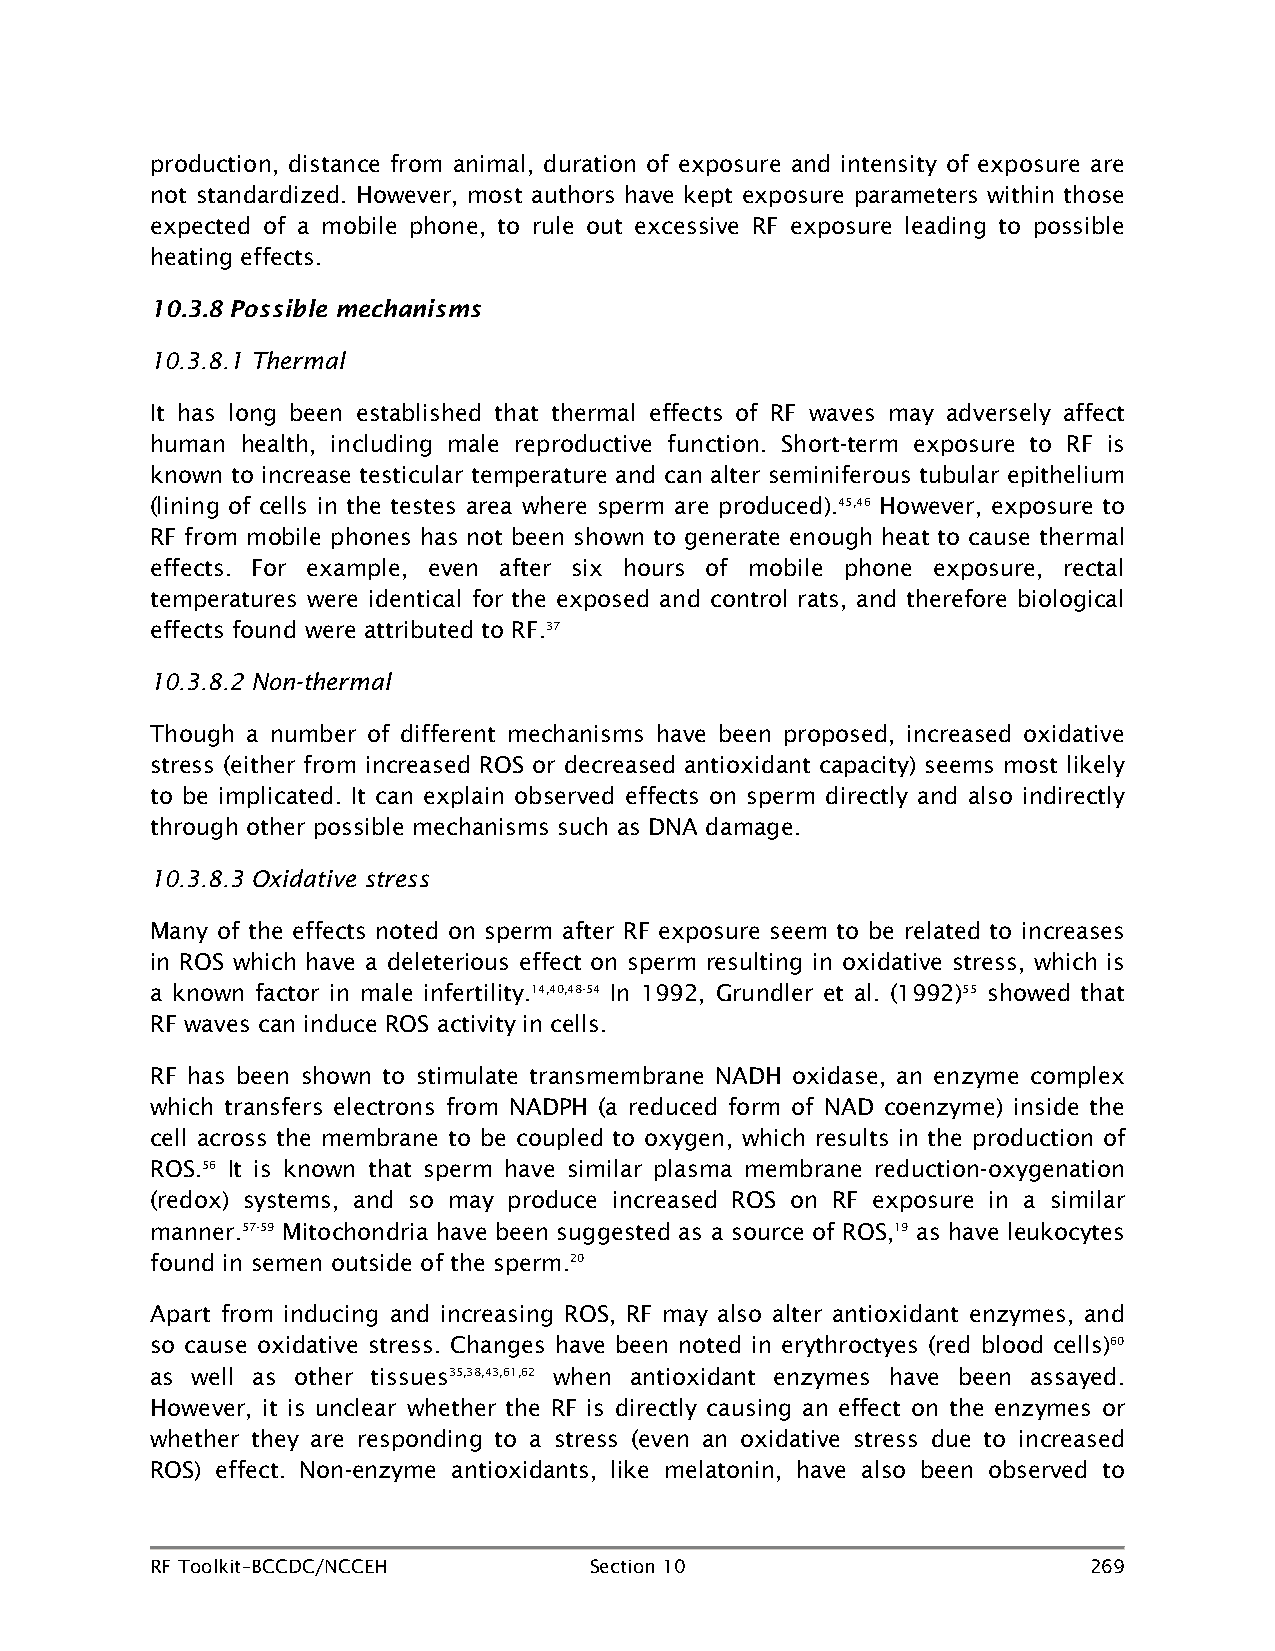
production, distance from animal, duration of exposure and intensity of exposure are
 not standardized. However, most authors have kept exposure parameters within those
 expected of a mobile phone, to rule out excessive RF exposure leading to possible
 heating effects.
 10.3.8 Possible mechanisms
 10.3.8.1 Thermal
 It has long been established that thermal effects of RF waves may adversely affect
 human health, including male reproductive function. Short-term exposure to RF is
 known to increase testicular temperature and can alter seminiferous tubular epithelium
 (lining of cells in the testes area where sperm are produced).45,46 However, exposure to
 RF from mobile phones has not been shown to generate enough heat to cause thermal
 effects. For example, even after six hours of mobile phone exposure, rectal
 temperatures were identical for the exposed and control rats, and therefore biological
 effects found were attributed to RF.37
 10.3.8.2 Non-thermal
 Though a number of different mechanisms have been proposed, increased oxidative
 stress (either from increased ROS or decreased antioxidant capacity) seems most likely
 to be implicated. It can explain observed effects on sperm directly and also indirectly
 through other possible mechanisms such as DNA damage.
 10.3.8.3 Oxidative stress
 Many of the effects noted on sperm after RF exposure seem to be related to increases
 in ROS which have a deleterious effect on sperm resulting in oxidative stress, which is
 a known factor in male infertility.14,40,48-54 In 1992, Grundler et al. (1992)55 showed that
 RF waves can induce ROS activity in cells.
 RF has been shown to stimulate transmembrane NADH oxidase, an enzyme complex
 which transfers electrons from NADPH (a reduced form of NAD coenzyme) inside the
 cell across the membrane to be coupled to oxygen, which results in the production of
 ROS.56 It is known that sperm have similar plasma membrane reduction-oxygenation
 (redox) systems, and so may produce increased ROS on RF exposure in a similar
 manner.57-59 Mitochondria have been suggested as a source of ROS,19 as have leukocytes
 found in semen outside of the sperm.20
 Apart from inducing and increasing ROS, RF may also alter antioxidant enzymes, and
 so cause oxidative stress. Changes have been noted in erythroctyes (red blood cells)60
 as well as other tissues35,38,43,61,62 when antioxidant enzymes have been assayed.
 However, it is unclear whether the RF is directly causing an effect on the enzymes or
 whether they are responding to a stress (even an oxidative stress due to increased
 ROS) effect. Non-enzyme antioxidants, like melatonin, have also been observed to
 RF Toolkit–BCCDC/NCCEH       Section 10                       269